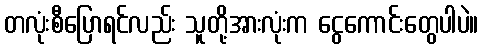
တလုံးစီပြောရင်လည်း သူတို့အားလုံးက ငွေကောင်းတွေပါပဲ။